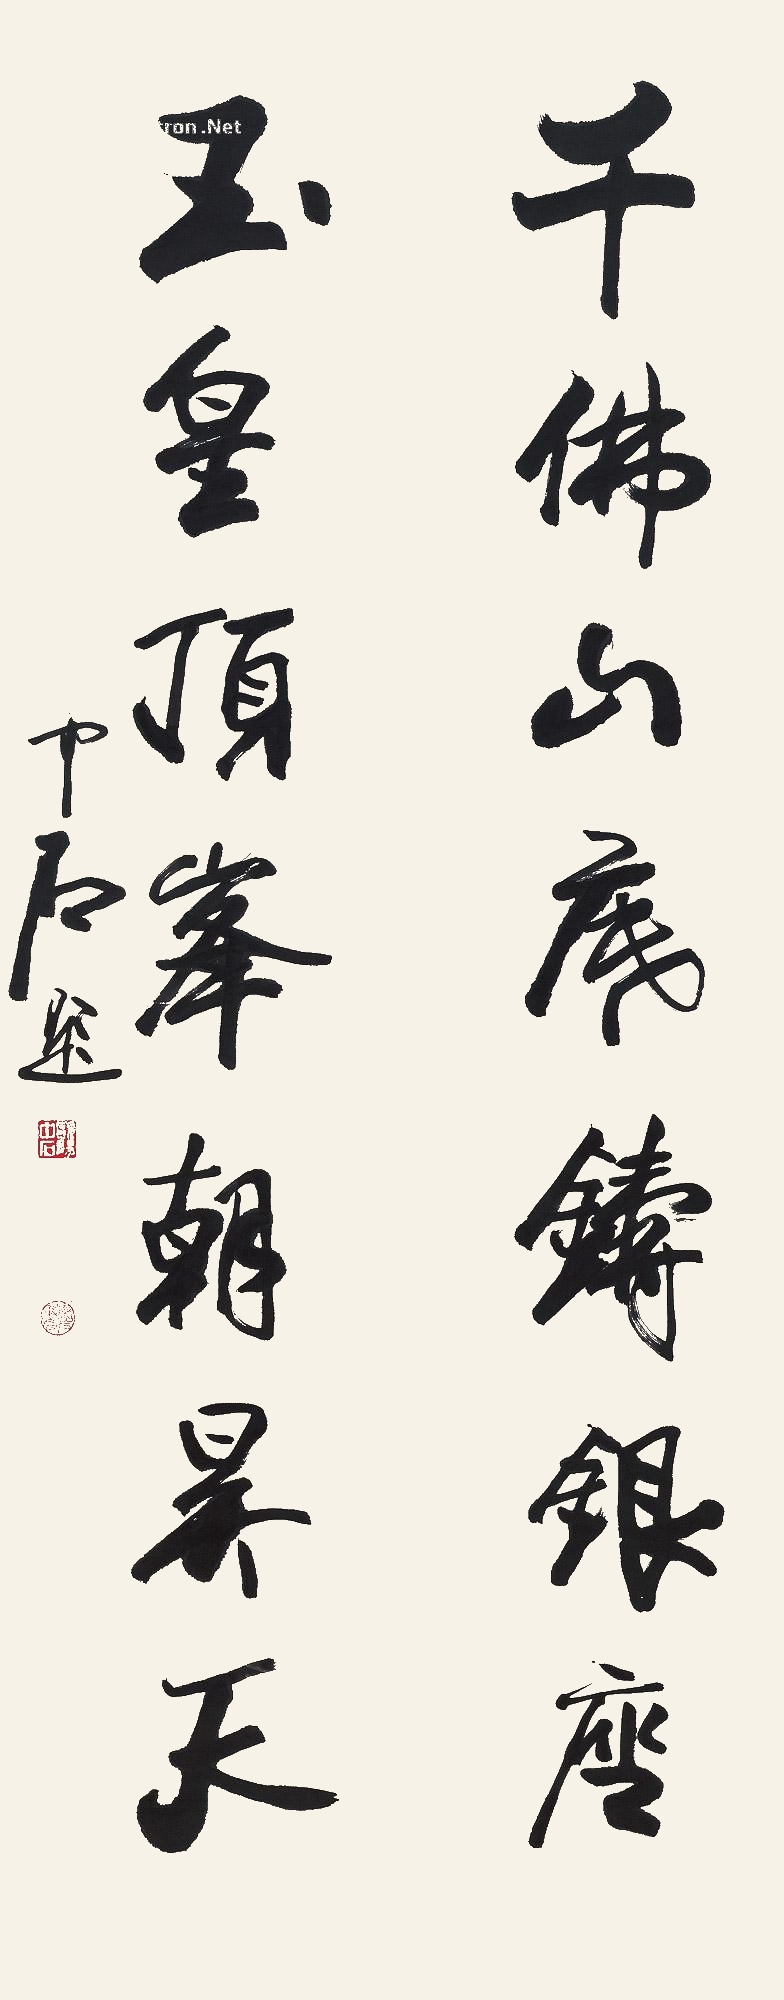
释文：千佛山底铸银座，玉皇顶峰朝昊天。中石题。